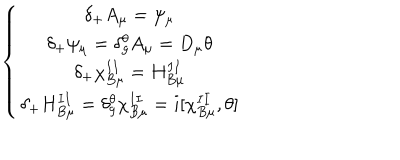
\left\{ \begin{array} { c } { { \delta _ { + } A _ { \mu } = \psi _ { \mu } } } \\ { { \delta _ { + } \psi _ { \mu } = \delta _ { g } ^ { \theta } A _ { \mu } = D _ { \mu } \theta } } \\ { { \delta _ { + } \chi _ { B \mu } ^ { I I } = H _ { B \mu } ^ { I I } } } \\ { { \delta _ { + } H _ { B \mu } ^ { I I } = \delta _ { g } ^ { \theta } \chi _ { B \mu } ^ { I I } = i [ \chi _ { B \mu } ^ { I I } , \theta ] } } \\ \end{array} \right.